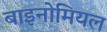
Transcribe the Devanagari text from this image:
बाइनोमियल